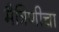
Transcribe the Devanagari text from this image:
मैत्रिणीचा